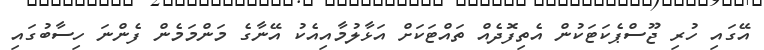
އޭގައި ހުރި ޖޫސްޕެކަޓަކުން އެތިފޮދެއް ތައްޓަކަށް އަޅާލުމާއިއެކު އޭނާގެ މަންމަމެން ފެންނަ ހިސާބުގައި